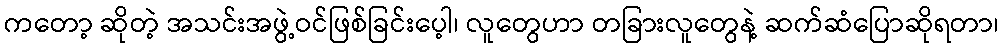
ကတော့ ဆိုတဲ့ အသင်းအဖွဲ့ဝင်ဖြစ်ခြင်းပေ့ါ၊ လူတွေဟာ တခြားလူတွေနဲ့ ဆက်ဆံပြောဆိုရတာ၊